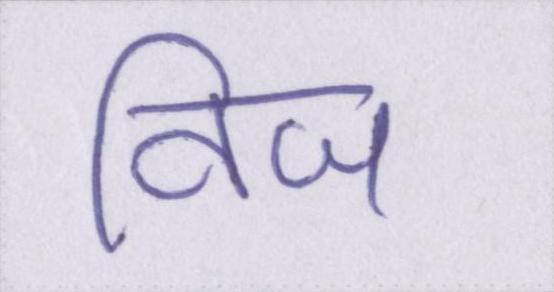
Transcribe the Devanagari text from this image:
विज